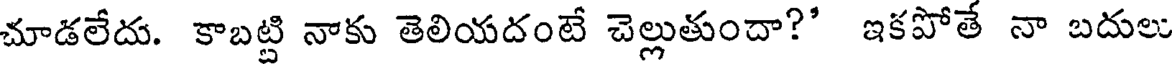
చూడలేదు. కాబట్టి నాకు తెలియదంటే చెల్లుతుందా?" ఇకపోతే నా బదులు